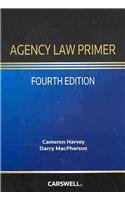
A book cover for Agency Law Primer; Cameron Harvey; Law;